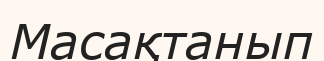
Масақтанып